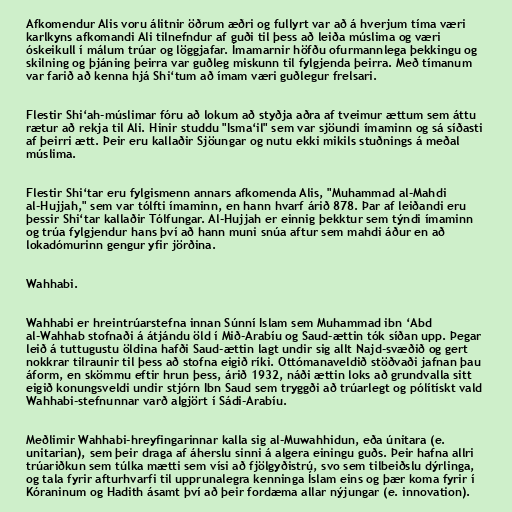
Afkomendur Alis voru álitnir öðrum æðri og fullyrt var að á hverjum tíma væri
karlkyns afkomandi Ali tilnefndur af guði til þess að leiða múslima og væri
óskeikull í málum trúar og löggjafar. Ímamarnir höfðu ofurmannlega þekkingu og
skilning og þjáning þeirra var guðleg miskunn til fylgjenda þeirra. Með tímanum
var farið að kenna hjá Shi‘tum að ímam væri guðlegur frelsari.

Flestir Shi‘ah-múslimar fóru að lokum að styðja aðra af tveimur ættum sem áttu
rætur að rekja til Ali. Hinir studdu "Isma‘il" sem var sjöundi ímaminn og sá síðasti
af þeirri ætt. Þeir eru kallaðir Sjöungar og nutu ekki mikils stuðnings á meðal
múslima.

Flestir Shi‘tar eru fylgismenn annars afkomenda Alis, "Muhammad al-Mahdi
al-Hujjah," sem var tólfti ímaminn, en hann hvarf árið 878. Þar af leiðandi eru
þessir Shi‘tar kallaðir Tólfungar. Al-Hujjah er einnig þekktur sem týndi ímaminn
og trúa fylgjendur hans því að hann muni snúa aftur sem mahdi áður en að
lokadómurinn gengur yfir jörðina.

Wahhabi.

Wahhabi er hreintrúarstefna innan Súnní Islam sem Muhammad ibn ‘Abd
al-Wahhab stofnaði á átjándu öld í Mið-Arabíu og Saud-ættin tók síðan upp. Þegar
leið á tuttugustu öldina hafði Saud-ættin lagt undir sig allt Najd-svæðið og gert
nokkrar tilraunir til þess að stofna eigið ríki. Ottómanaveldið stöðvaði jafnan þau
áform, en skömmu eftir hrun þess, árið 1932, náði ættin loks að grundvalla sitt
eigið konungsveldi undir stjórn Ibn Saud sem tryggði að trúarlegt og pólítískt vald
Wahhabi-stefnunnar varð algjört í Sádi-Arabíu.

Meðlimir Wahhabi-hreyfingarinnar kalla sig al-Muwahhidun, eða únitara (e.
unitarian), sem þeir draga af áherslu sinni á algera einingu guðs. Þeir hafna allri
trúariðkun sem túlka mætti sem vísi að fjölgyðistrú, svo sem tilbeiðslu dýrlinga,
og tala fyrir afturhvarfi til upprunalegra kenninga Íslam eins og þær koma fyrir í
Kóraninum og Hadith ásamt því að þeir fordæma allar nýjungar (e. innovation).